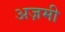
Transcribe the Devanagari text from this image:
अज़मी